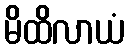
မိထိလာယံ